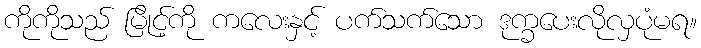
ကိုကိုသည် မြိုင့်ကို ကလေးနှင့် ပက်သက်သော ဒုက္ခပေးလိုလှပုံမရ။